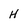
Character: H